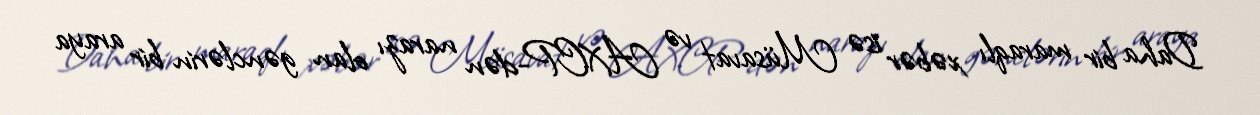
Daha bir maraqlı xəbər isə Müsavat və AXCP-dən narazı olan gənclərin bir araya